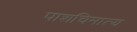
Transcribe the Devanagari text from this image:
पाशचिमात्य